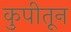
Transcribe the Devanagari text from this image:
कुपीतून